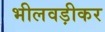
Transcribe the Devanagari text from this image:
भीलवड़ीकर